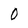
Character: 0